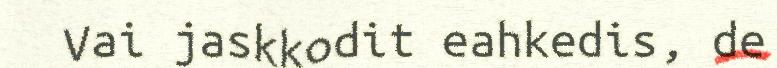
Vai jaskkodit eahkedis, de